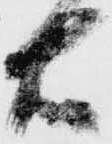
右